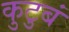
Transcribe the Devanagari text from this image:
कुटुबं